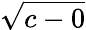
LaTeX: \sqrt{c-0}